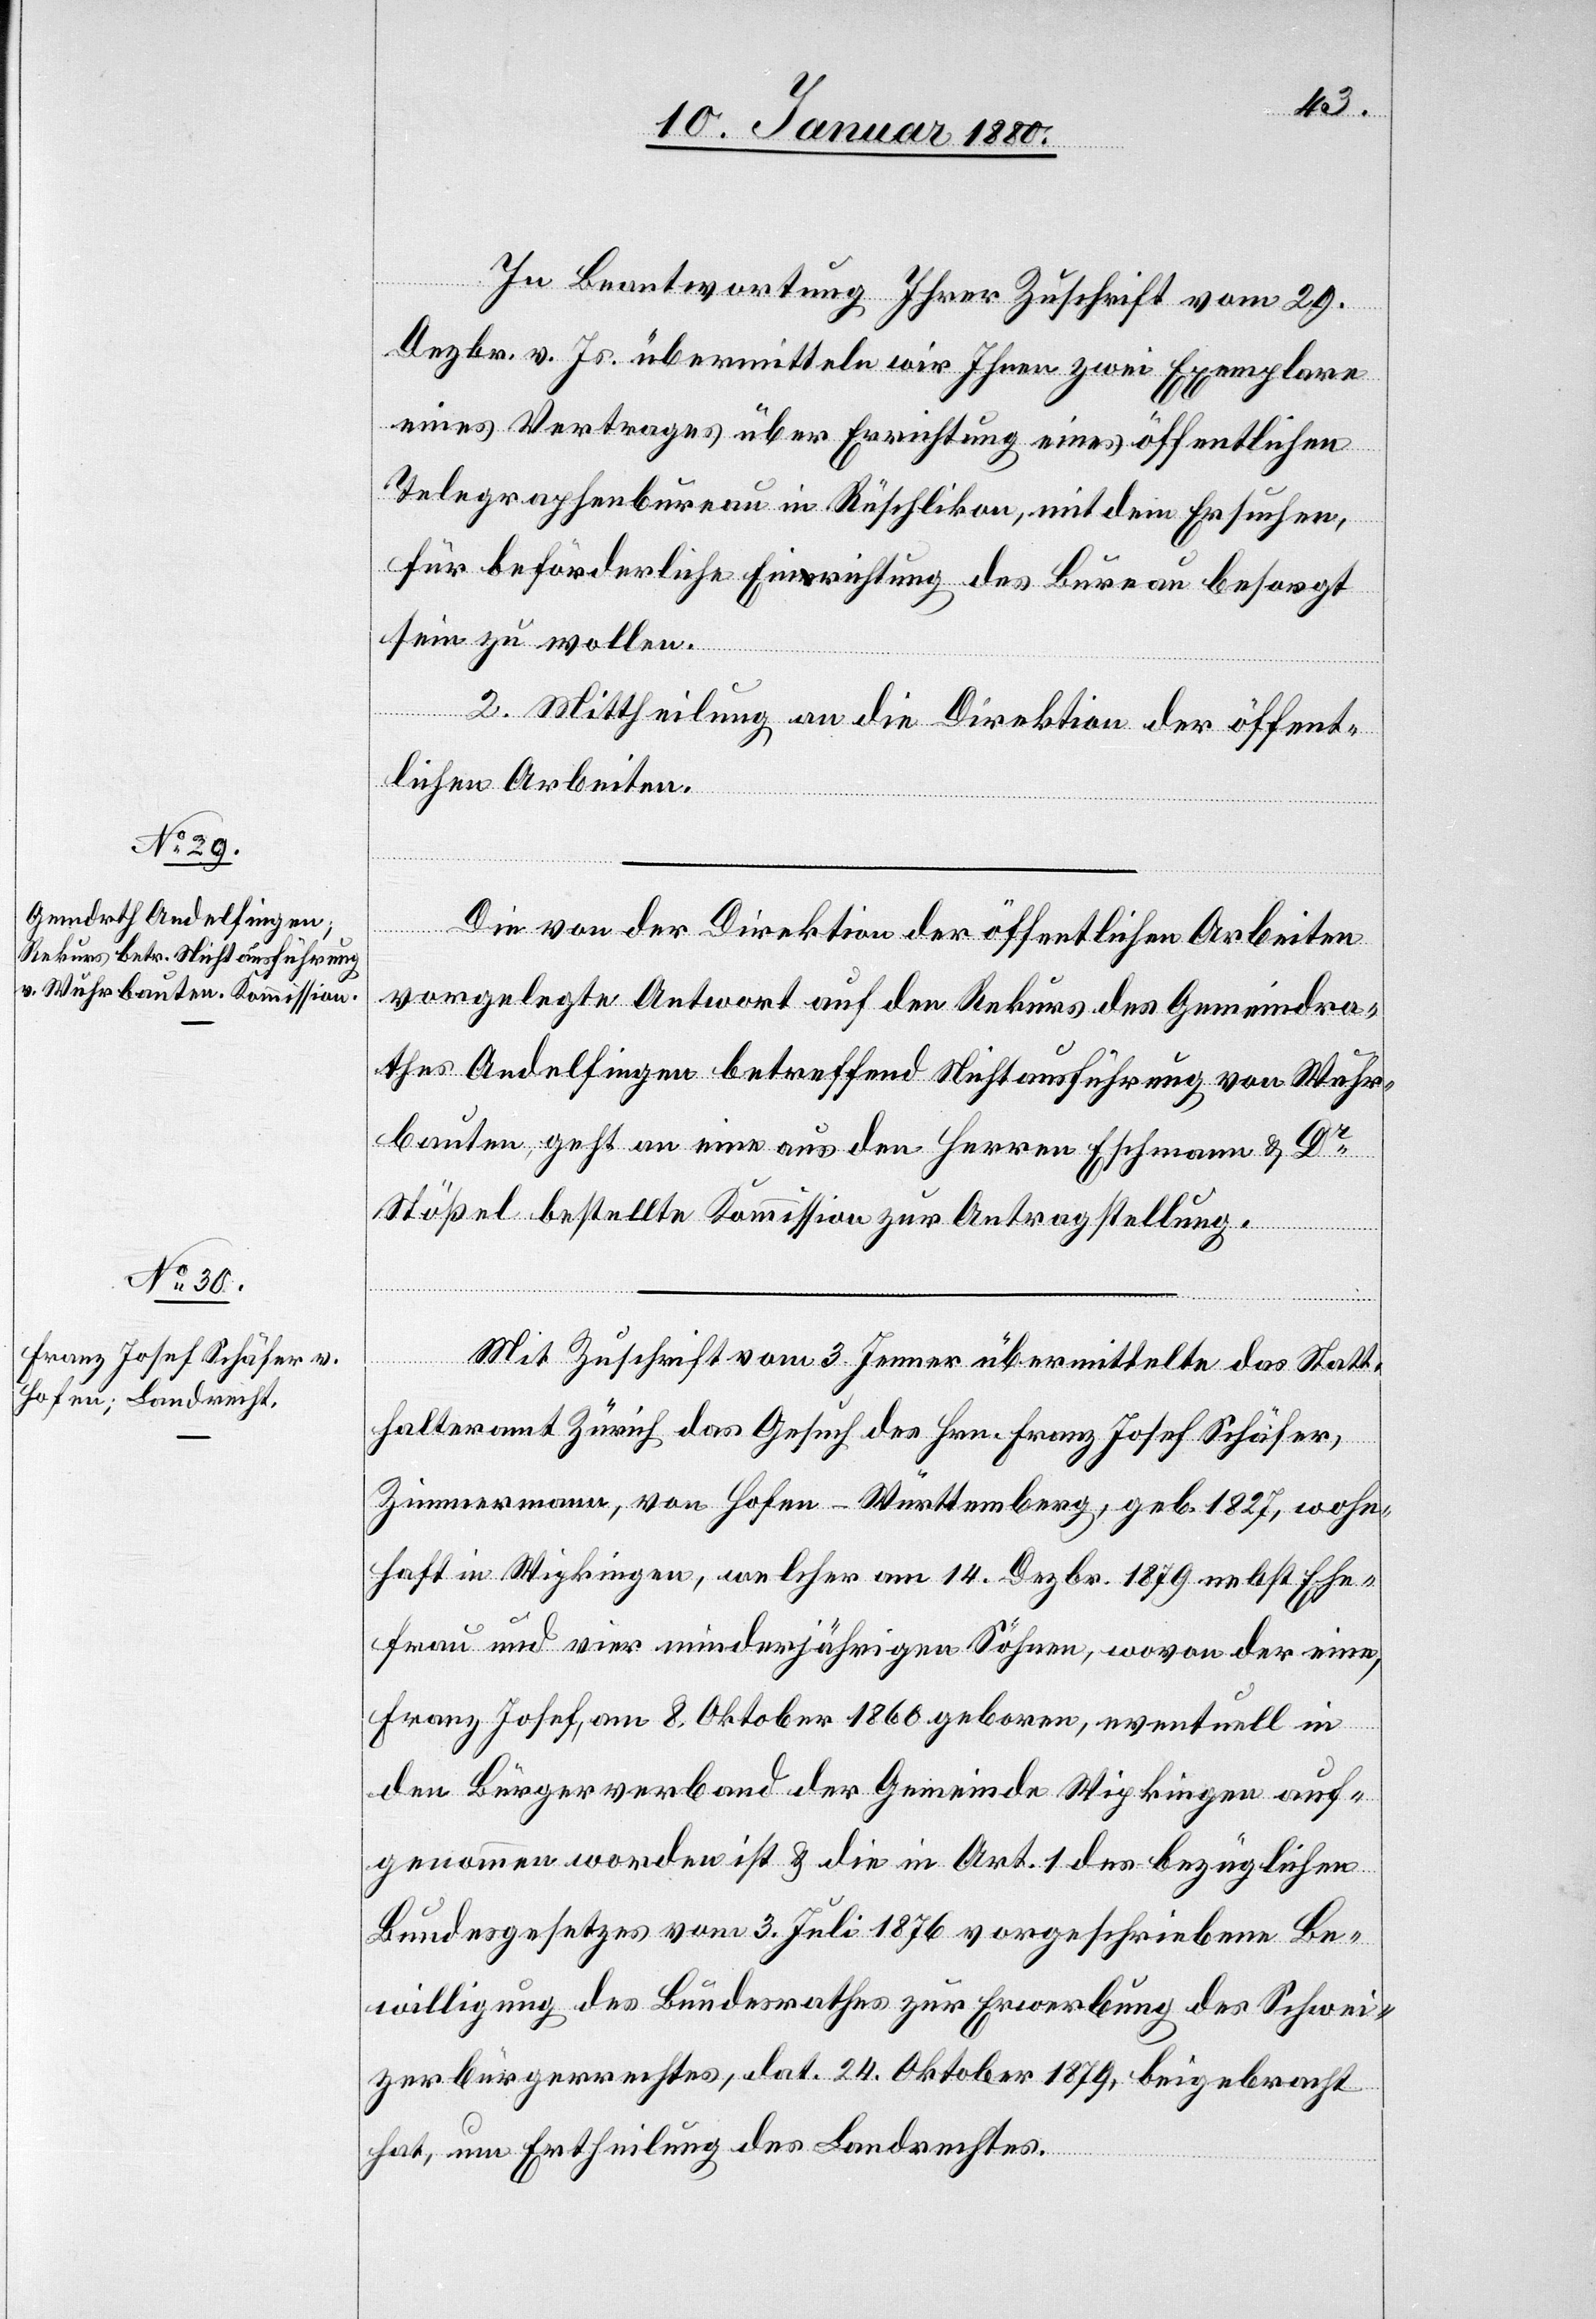
In Beantwortung Ihrer Zuschrift vom 29.
Dezbr. v. Js. übermitteln wir Ihnen zwei Exemplare
eines Vertrages über Errichtung eines öffentlichen
Telegraphenbureau in Rüschlikon, mit dem Ersuchen,
für beförderliche Einrichtung des Bureau besorgt
sein zu wollen.
2. Mittheilung an die Direktion der öffent¬
lichen Arbeiten.
Die von der Direktion der öffentlichen Arbeiten
vorgelegte Antwort auf den Rekurs des Gemeindra¬
thes Andelfingen betreffend Nichtausführung von Wuhr¬
bauten, geht an eine aus den Herren Eschmann & Dr
Stößel bestellte Kommission zur Antragstellung.
Mit Zuschrift vom 3. Jenner übermittelte das Statt¬
halteramt Zürich das Gesuch des Hrn. Franz Josef Schäfer,
Zimmermann, von Hofen – Württemberg, geb. 1827, wohn¬
haft in Wipkingen, welcher am 14. Dezbr. 1879 nebst Ehe¬
frau und vier minderjährigen Söhnen, wovon der eine,
Franz Josef, am 8. Oktober 1860 geboren, eventuell in
den Bürgerverband der Gemeinde Wipkingen auf¬
genommen worden ist & die in Art. 1 des bezüglichen
Bundesgesetzes vom 3. Juli 1876 vorgeschrieben Be¬
willigung des Bundesrathes zur Erwerbung des Schwei¬
zerbürgerrechtes, dat. 24. Oktober 1879, beigebracht
hat, um Ertheilung des Landrechtes.